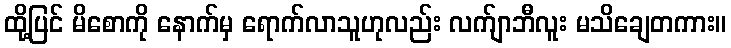
ထို့ပြင် မိစောကို နောက်မှ ရောက်လာသူဟုလည်း လက်ျာဘီလူး မသိချေတကား။